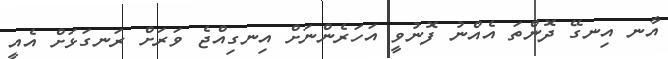
އާނ އިނގޭ ދޮންތަ އެއްނު ފޮނުވީ އަހަރެންނަށް އިނގިއްޖެ ވަރަށް ރަނގަޅަށް އެއީ